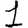
Digit: 1